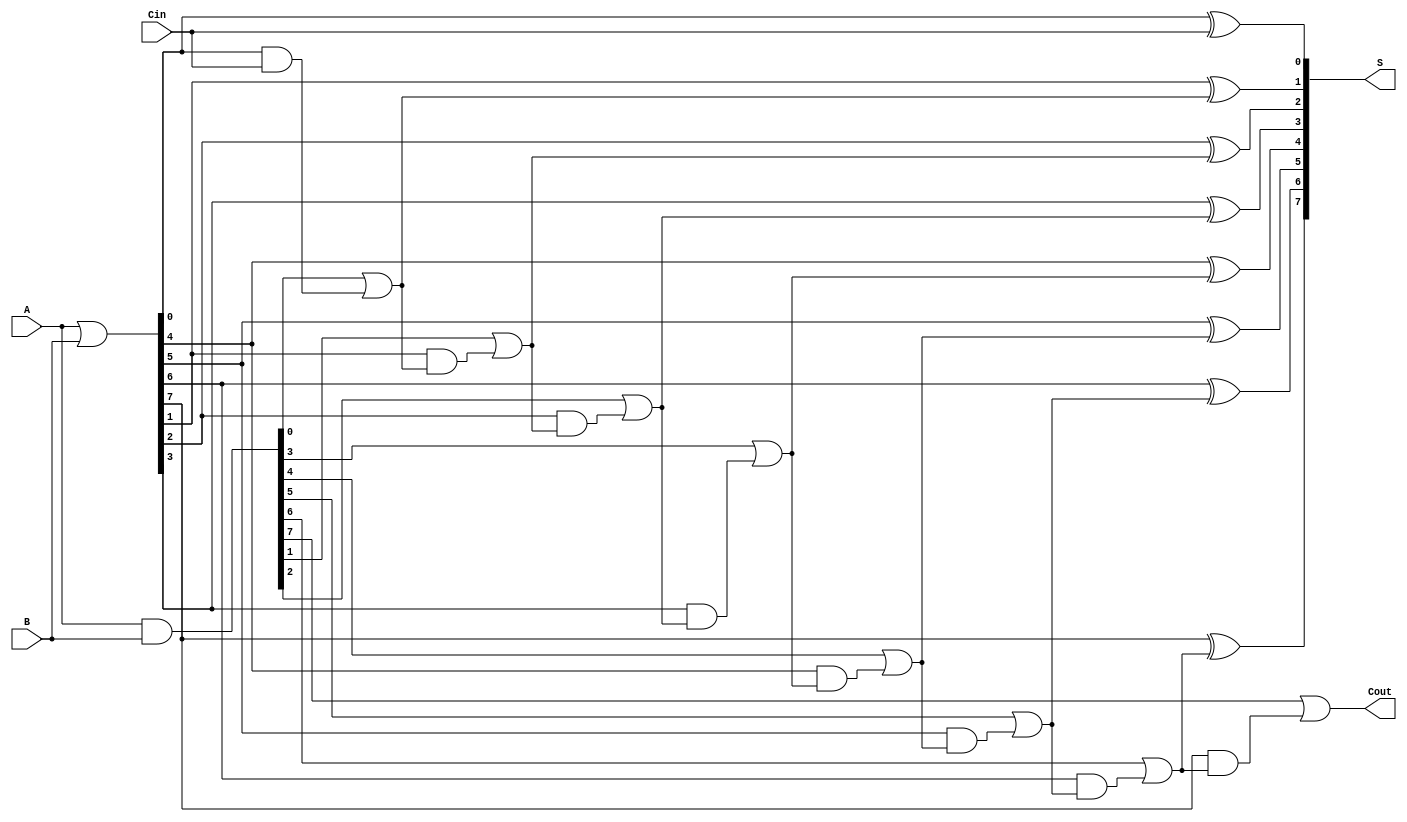
module BrentKungAdder #(parameter N = 8) (
    input [N-1:0] A,      // First n-bit operand
    input [N-1:0] B,      // Second n-bit operand
    input Cin,            // Carry-in
    output [N-1:0] S,     // n-bit sum
    output Cout           // Carry-out
);
    // Generate and Propagate signals
    wire [N-1:0] G; // Generate
    wire [N-1:0] P; // Propagate
    wire [N:0] C;    // Carry signals (C[0] = Cin)

    // Compute Generate and Propagate signals
    assign G = A & B;        // G[i] = A[i] AND B[i]
    assign P = A | B;        // P[i] = A[i] OR B[i]
    assign C[0] = Cin;       // Carry-in

    // Stage 1: Compute carries
    genvar i;
    generate
        for (i = 0; i < N; i = i + 1) begin: carry_generation
            if (i == 0) begin
                assign C[i+1] = G[i] | (P[i] & C[i]); // C[1] = G[0] OR (P[0] AND C[0])
            end else begin
                assign C[i+1] = G[i] | (P[i] & C[i]); // C[i+1] = G[i] OR (P[i] AND C[i])
            end
        end
    endgenerate

    // Stage 2: Compute Sum
    generate
        for (i = 0; i < N; i = i + 1) begin: sum_generation
            assign S[i] = P[i] ^ C[i]; // S[i] = P[i] XOR C[i]
        end
    endgenerate

    // Final Carry-Out
    assign Cout = C[N]; // Cout = Carry for the last stage

endmodule